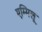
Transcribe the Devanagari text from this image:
एम्मिलू